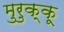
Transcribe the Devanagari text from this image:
मुरुक्कू